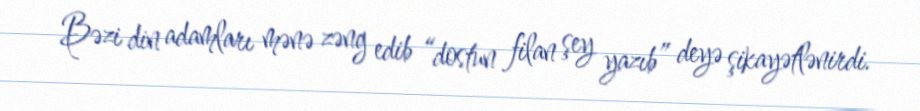
Bəzi din adamları mənə zəng edib “dostun filan şey yazıb” deyə şikayətlənirdi.